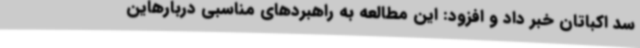
سد اکباتان خبر داد و افزود: این مطالعه به راهبردهای مناسبی دربارهاین